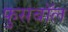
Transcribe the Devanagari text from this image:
फुसबॉल